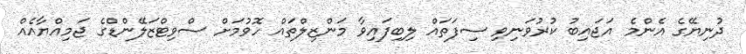
ދުނިޔޭގެ އެންމެ އަޖައިބު ކުރުވަނިވި ސިފަތައް ލިބިފައިވާ މަންޒިލްތައް ހޮވުމަށް ސްވިޓްޒަލޭންޑްގެ ޖަމިއްޔާއެއް